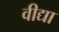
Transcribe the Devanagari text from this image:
वीद्या